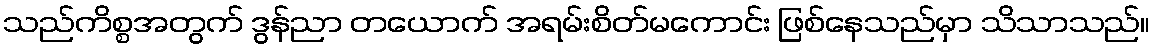
သည်ကိစ္စအတွက် ဒွန်ညာ တယောက် အရမ်းစိတ်မကောင်း ဖြစ်နေသည်မှာ သိသာသည်။